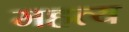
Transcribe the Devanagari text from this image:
महत्य